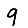
Digit: 9